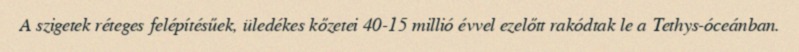
A szigetek réteges felépítésűek, üledékes kőzetei 40-15 millió évvel ezelőtt rakódtak le a Tethys-óceánban.